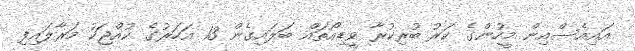
އައިއެސްއިން މީހުންގެ ކަރު ބުރިކުރާ ވީޑިއޯތައް ބަލައިގެން 13 އަހަރުގެ ކުއްޖަކު މަރާލައިފި